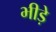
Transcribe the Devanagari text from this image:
भीड़े